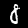
Digit: 8